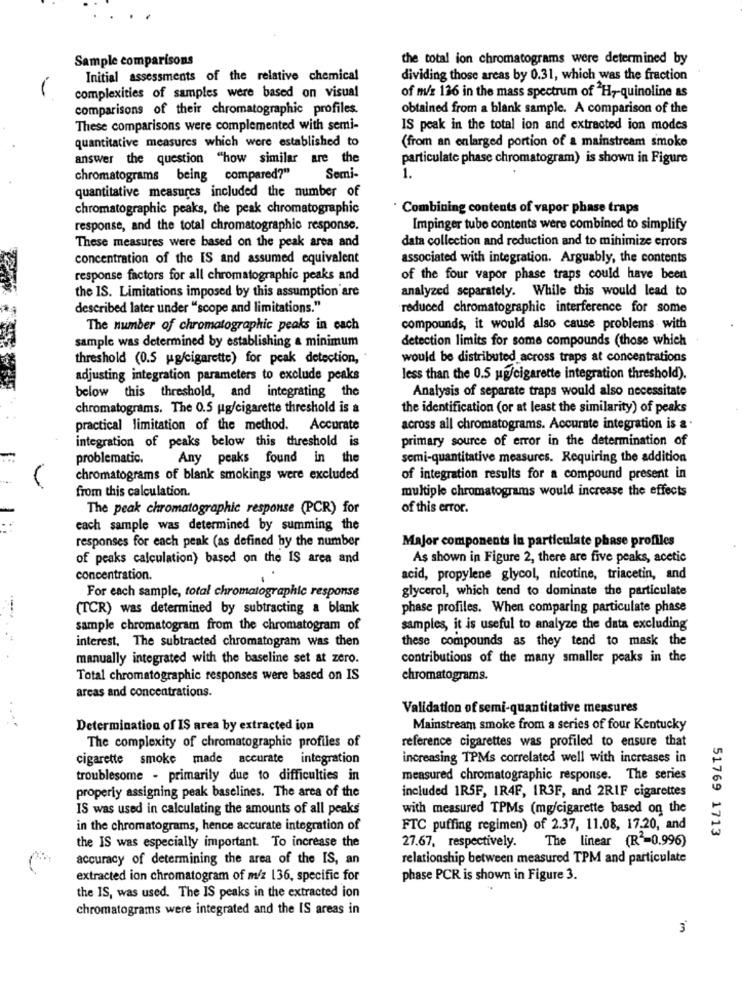
Sample comparisons
the total ion chromatograms were determined by
Initial assessments of the relative chemical
dividing those areas by 0.31, which was the fraction
complexities of samples were based on visual
of m/z 136 in the mass spectrum of H7-quinoline as
comparisons of their chromatographic profiles.
obtained from a blank sample. A comparison of the
These comparisons were complemented with semi-
IS peak in the total ion and extracted ion modes
quantitative measures which were established to
(from an enlarged portion of a mainstream smoke
answer the question "how similar are the
particulate phase chromatogram) is shown in Figure
chromatograms being compared?"
Semi-
1.
quantitative measures included the number of
chromatographic peaks, the peak chromatographic
. Combining contents of vapor phase traps
response, and the total chromatographic response.
Impinger tube contents were combined to simplify
These measures were based on the peak area and
data collection and reduction and to minimize errors
concentration of the IS and assumed equivalent
associated with integration. Arguably, the contents
response factors for all chromatographic peaks and
of the four vapor phase traps could have been
the IS. Limitations imposed by this assumption are
analyzed separately. While this would lead to
described later under "scope and limitations."
reduced chromatographic interference for some
The number of chromatographic peaks in cach
compounds, it would also cause problems with
sample was determined by establishing a minimum
detection limits for some compounds (those which
threshold (0.5 ug/cigarette) for peak detection,
would be distributed across traps at concentrations
adjusting integration parameters to exclude peaks
less than the 0.5 ug/cigarette integration threshold).
below this threshold, and integrating the
Analysis of separate traps would also necessitate
chromatograms. The 0.5 ug/cigarette threshold is a
the identification (or at least the similarity) of peaks
practical limitation of the method. Accurate
across all chromatograms. Accurate integration is a ·
integration of peaks below this threshold is
primary source of error in the determination of
problematic.
Any peaks found in the
semi-quantitative measures. Requiring the addition
chromatograms of blank smokings were excluded
of integration results for a compound present in
from this calculation.
multiple chromatograms would increase the effects
The peak chromatographic response (PCR) for
of this error.
each sample was determined by summing the
responses for each peak (as defined by the number
Major components in particulate phase profiles
of peaks calculation) based on the IS area and
As shown in Figure 2, there are five peaks, acetic
concentration.
acid, propylene glycol, nicotine, triacetin, and
For each sample, total chromatographic response
glycerol, which tend to dominate the particulate
(TCR) was determined by subtracting a blank
phase profiles. When comparing particulate phase
sample chromatogram from the chromatogram of
samples, it is useful to analyze the data excluding
interest. The subtracted chromatogram was then
these compounds as they tend to mask the
manually integrated with the baseline set at zero.
contributions of the many smaller peaks in the
Total chromatographic responses were based on IS
chromatograms.
areas and concentrations.
Validation of semi-quantitative measures
Determination of IS area by extracted ion
Mainstream smoke from a series of four Kentucky
The complexity of chromatographic profiles of
reference cigarettes was profiled to ensure that
cigarette smoke made accurate integration
increasing TPMs correlated well with increases in
troublesome - primarily due to difficulties in
measured chromatographic response. The series
included 1RSF, IR4F, IR3F, and 2RIF cigarettes
properly assigning peak baselines. The area of the
IS was used in calculating the amounts of all peaks
with measured TPMs (mg/cigarette based on the
in the chromatograms, hence accurate integration of
FTC puffing regimen) of 2.37, 11.08, 17.20, and
51769 1713
the IS was especially important. To increase the
27.67, respectively.
The linear (R -= 0.996)
accuracy of determining the area of the IS, an
relationship between measured TPM and particulate
extracted ion chromatogram of m/z 136, specific for
phase PCR is shown in Figure 3.
the IS, was used. The IS peaks in the extracted ion
chromatograms were integrated and the IS areas in